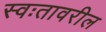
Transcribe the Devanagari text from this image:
स्वःतावरील